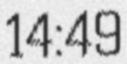
14:49